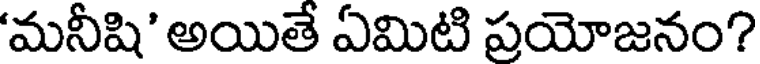
'మనీషి' అయితే ఏమిటి ప్రయోజనం?